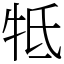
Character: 牴